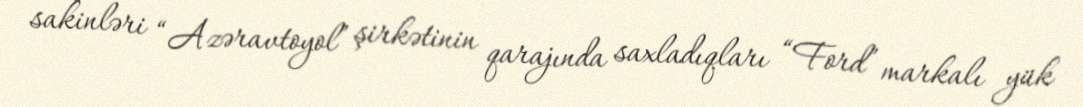
sakinləri “Azəravtoyol” şirkətinin qarajında saxladıqları “Ford” markalı yük